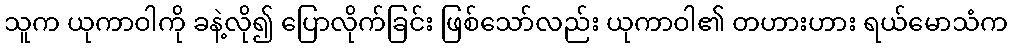
သူက ယုကာဝါကို ခနဲ့လို၍ ပြောလိုက်ခြင်း ဖြစ်သော်လည်း ယုကာဝါ၏ တဟားဟား ရယ်မောသံက